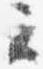
云